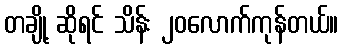
တချို့ ဆိုရင် သိန်း ၂၀လောက်ကုန်တယ်။